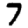
Digit: 7